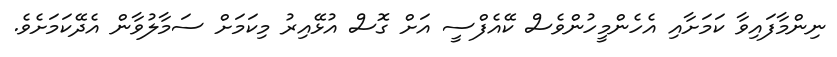
ނިންމާފައިވާ ކަމަށާއި އެހެންމީހުންވެސް ކޭއެފްސީ އަށް ގޮސް އުޅޭއިރު މިކަމަށް ސަމާލުވާން އެދޭކަމަށެވެ.